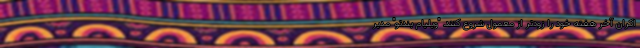
اکران آخر هفته خود را زودتر از معمول شروع کنند. "ویلیام بندِتو" مدیر